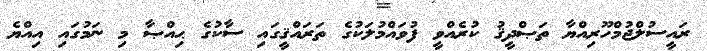
ރައީސުލްޖުމްހޫރިއްޔާ ތަޞްދީޤު ކުރެއްވީ ފުވައްމުލަކުގެ ތަރައްޤީގައި ސާކުގެ ޙިއްޞާ މި ނަމުގައި އިއްޔެ